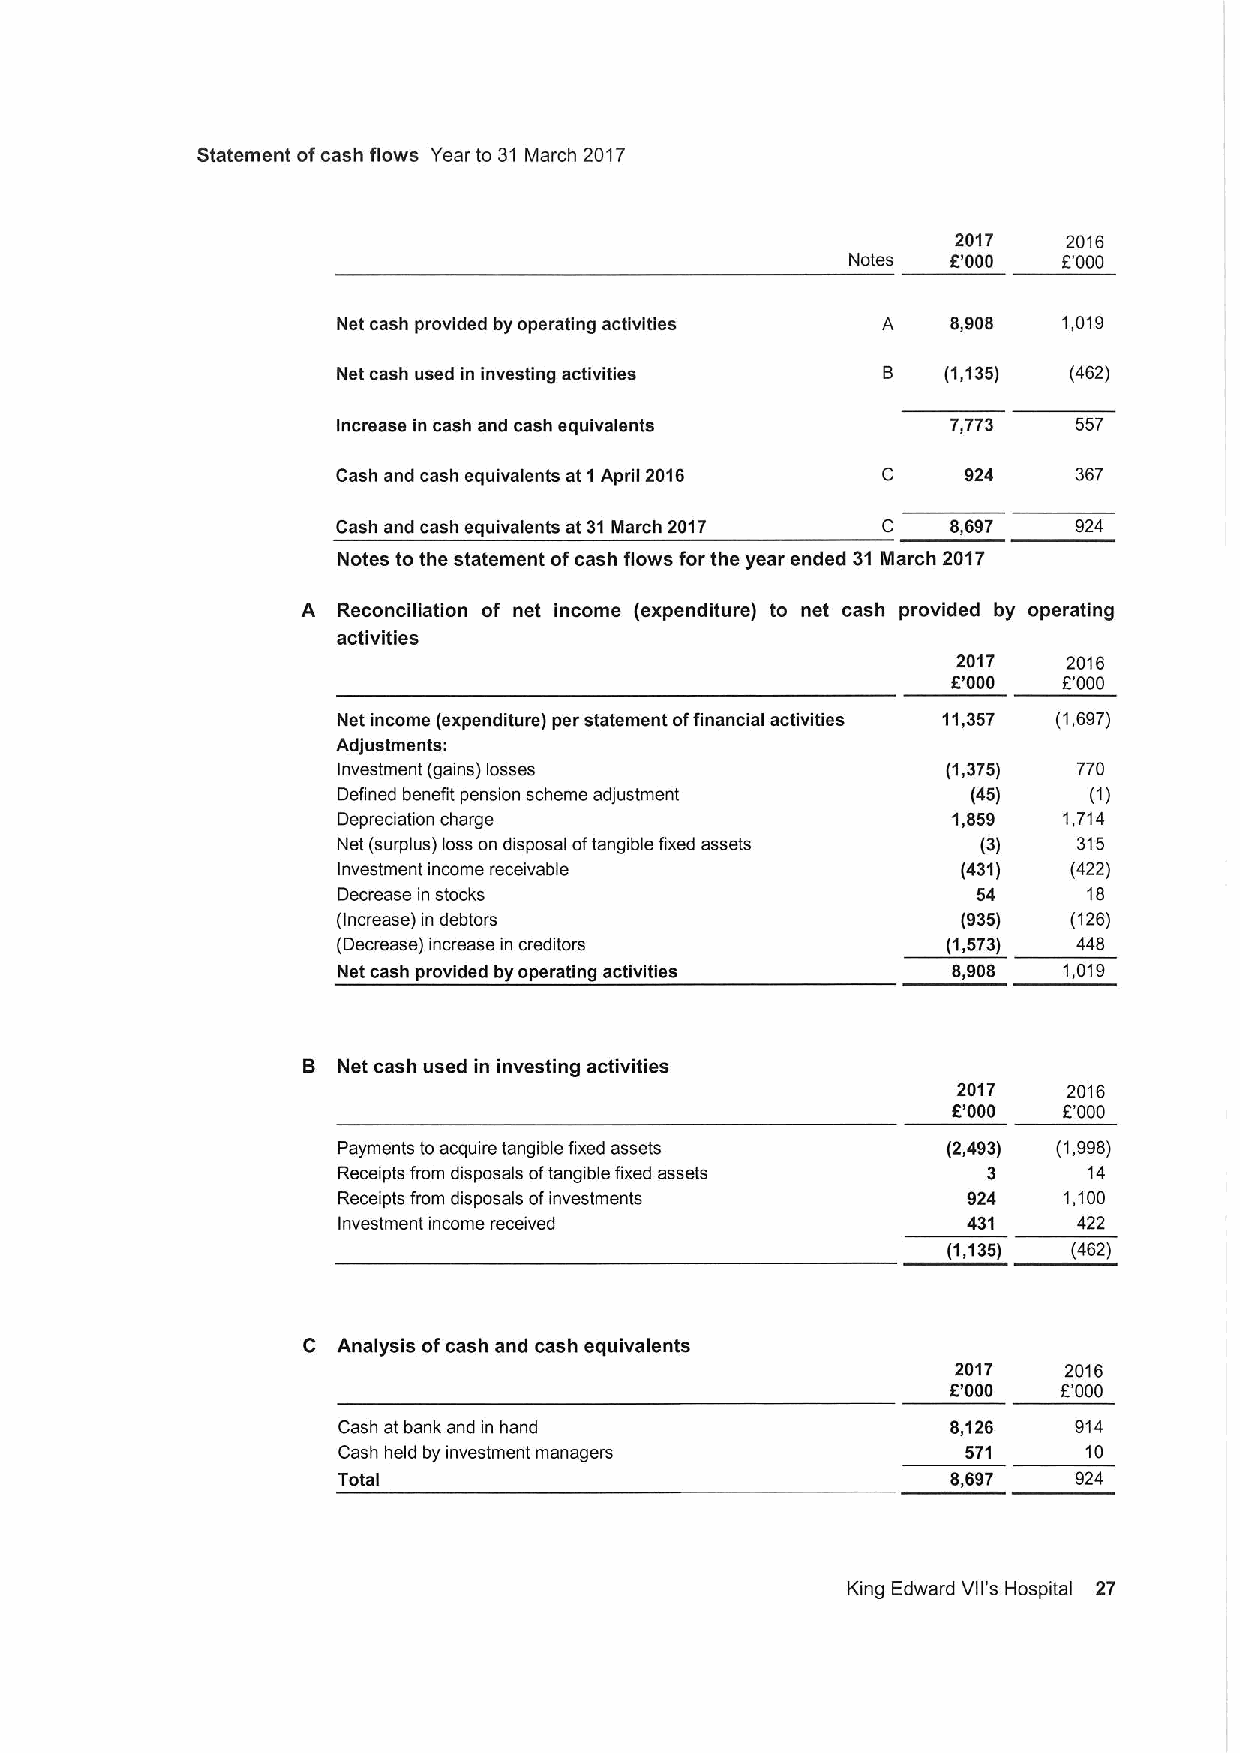
Statement ofcash flows Year to 31 March 2017
 2017    2016
 Notes  E'000  E'000
 Net cash provided by operating activities A 8,908 1,019
 Net cash used in investing activities B  (1,135) (462)
 Increase in cash and cash equivalents    7,773   557
 Cash and cash equivalents at 1April 2016 C 924   367
 Cash and cash equivalents at 31March 2017 C 8,697 924
 Notes to the statement ofcash flows for the year ended 31 March 2017
 A Reconciliation of net income (expenditure) to net cash provided by operating
 activities
 2017    2016
 E'000  E'000
 Net income (expenditure) per statement offinancial activities 11,357 (1,697)
 Adjustments:
 Investment (gains) losses                (1,375) 770
 Defined benefit pension scheme adjustment (45)    (1)
 Depreciation charge                      1,859  1,714
 Net (surplus) loss on disposal oftangible fixed assets (3) 315
 Investment income receivable              (431)  (422)
 Decrease in stocks                         54     18
 (Increase) in debtors                     (935)  (126)
 (Decrease) increase in creditors         (1,573) 448
 Net cash provided by operating activities 8,908 1,019
 B Net cash used in investing activities
 2017    2016
 E'000  E'000
 Payments to acquire tangible fixed assets (2,493) (1,998)
 Receipts from disposals oftangible fixed assets 3 14
 Receipts from disposals ofinvestments     924   1,100
 Investment income received                431    422
 (1,135) (462)
 C Analysis ofcash and cash equivalents
 2017   2016
 E'000  E'000
 Cash at bank and in hand                 8,126   914
 Cash held by investment managers          571     10
 Total                                    8,697   924
 King Edward Vll's Hospital 27